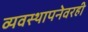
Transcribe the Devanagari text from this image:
व्यवस्थापनेवरही